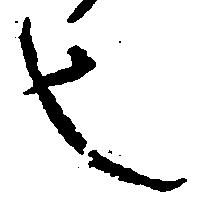
也